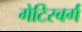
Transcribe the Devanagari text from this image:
गेटिस्बर्ग